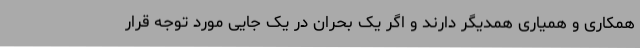
همکاری و همیاری همدیگر دارند و اگر یک بحران در یک جایی مورد توجه قرار